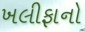
ખલીફાનો